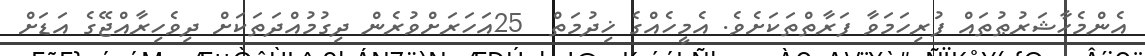
އެންމެހާޝަރުޠުތައް ފުރިހަމަވާ ފަރާތްތަކަށެވެ. އެމީހެއްގެ ޚިދުމަތް  25އަހަރަށްވުރެން ދިގުމުއްދަތަކަށް ދިވެހިރާއްޖޭގެ އަޑަށް